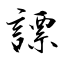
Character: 謤